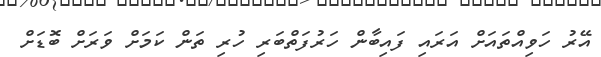
އޭރު ހަވިއްތައަށް އަރައި ފައިބާން ހަރުފަތްބަރި ހުރި ތަން ކަމަށް ވަރަށް ބޮޑަށް